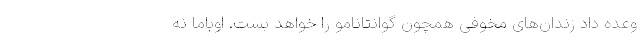
وعده داد زندان‌های مخوفی همچون گوانتانامو را خواهد بست. اوباما نه